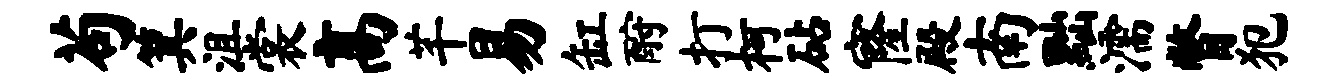
苟箕沮裳高芊易缸酹打柯砧窿殿南黜濡瞥犯